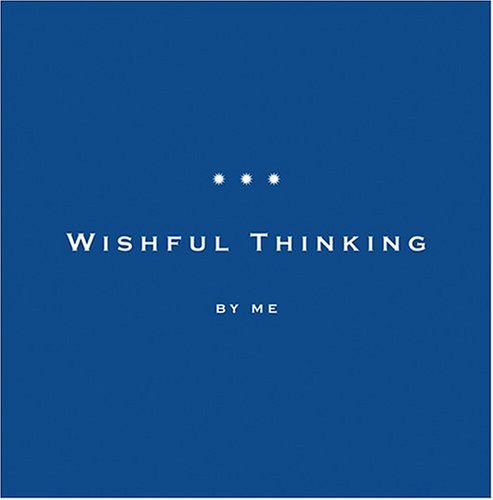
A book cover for Wishful Thinking; Jacqi Lumer; Health, Fitness & Dieting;